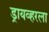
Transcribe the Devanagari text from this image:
ड्रायव्हरला